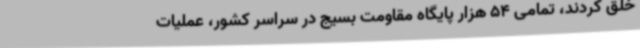
خلق کردند، تمامی 54 هزار پایگاه مقاومت بسیج در سراسر کشور، عملیات